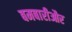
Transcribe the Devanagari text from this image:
बमबारीऔर